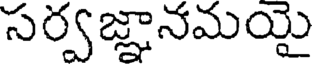
సర్వజ్ఞానమయై